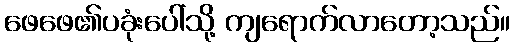
ဖေဖေ၏ပခုံးပေါ်သို့ ကျရောက်လာတော့သည်။